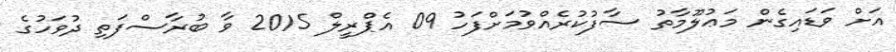
އަށް ވަޑައިގެން މަޢުލޫމާތު ސާފުކުރެއްވުމަށްފަހު 09 އެޕްރީލް 2015 ވާ ބުރާސްފަތި ދުވަހުގެ